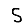
Digit: 5